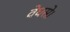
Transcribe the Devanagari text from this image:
वेधसे।